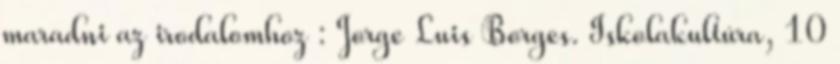
maradni az irodalomhoz : Jorge Luis Borges. Iskolakultúra, 10